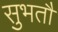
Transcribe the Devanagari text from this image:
सुभतौं